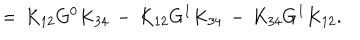
= \, K _ { 1 2 } G ^ { 0 } K _ { 3 4 } \, - \, K _ { 1 2 } G ^ { I } K _ { 3 4 } \, - \, K _ { 3 4 } G ^ { I } K _ { 1 2 } .